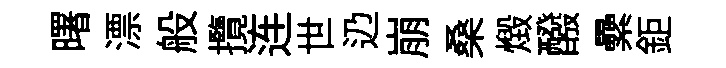
曙漂般攬连世辸崩桑燬醱纍鉅